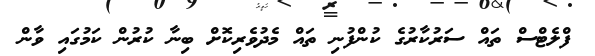
ފްލެޓްސް ތައް ސަރުކާރުގެ ކުންފުނި ތައް މެދުވެރިކޮށް ބިނާ ކުރުން ކަމުގައި ވާން